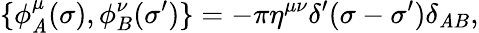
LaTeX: \{ \phi_{\mathit{A}}^{\mu}(\sigma),\phi_{B}^{\nu}(\sigma^{\prime})\} =-\pi\eta^{\mu\nu}\delta^{\prime}(\sigma-\sigma^{\prime})\delta_{\mathit{A}B},